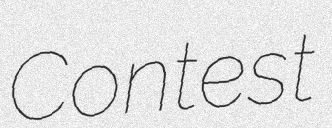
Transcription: Contest